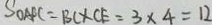
S _ { O A F C } = B C \times C E = 3 \times 4 = 1 2